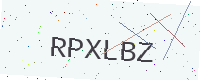
Text: RPXLBZ